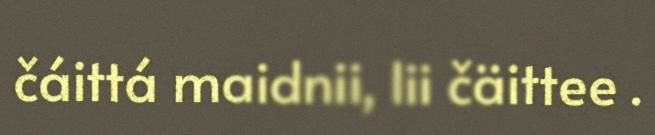
čáittá maidnii, lii čäittee .